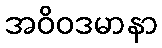
အဝိဝဒမာနာ